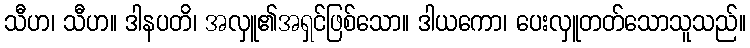
သီဟ၊ သီဟ။ ဒါနပတိ၊ အလှူ၏အရှင်ဖြစ်သော။ ဒါယကော၊ ပေးလှူတတ်သောသူသည်။